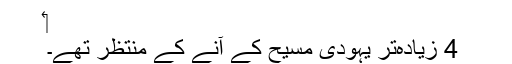
‏
4 زیادہ‌تر یہودی مسیح کے آنے کے منتظر تھے۔